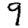
Digit: 9